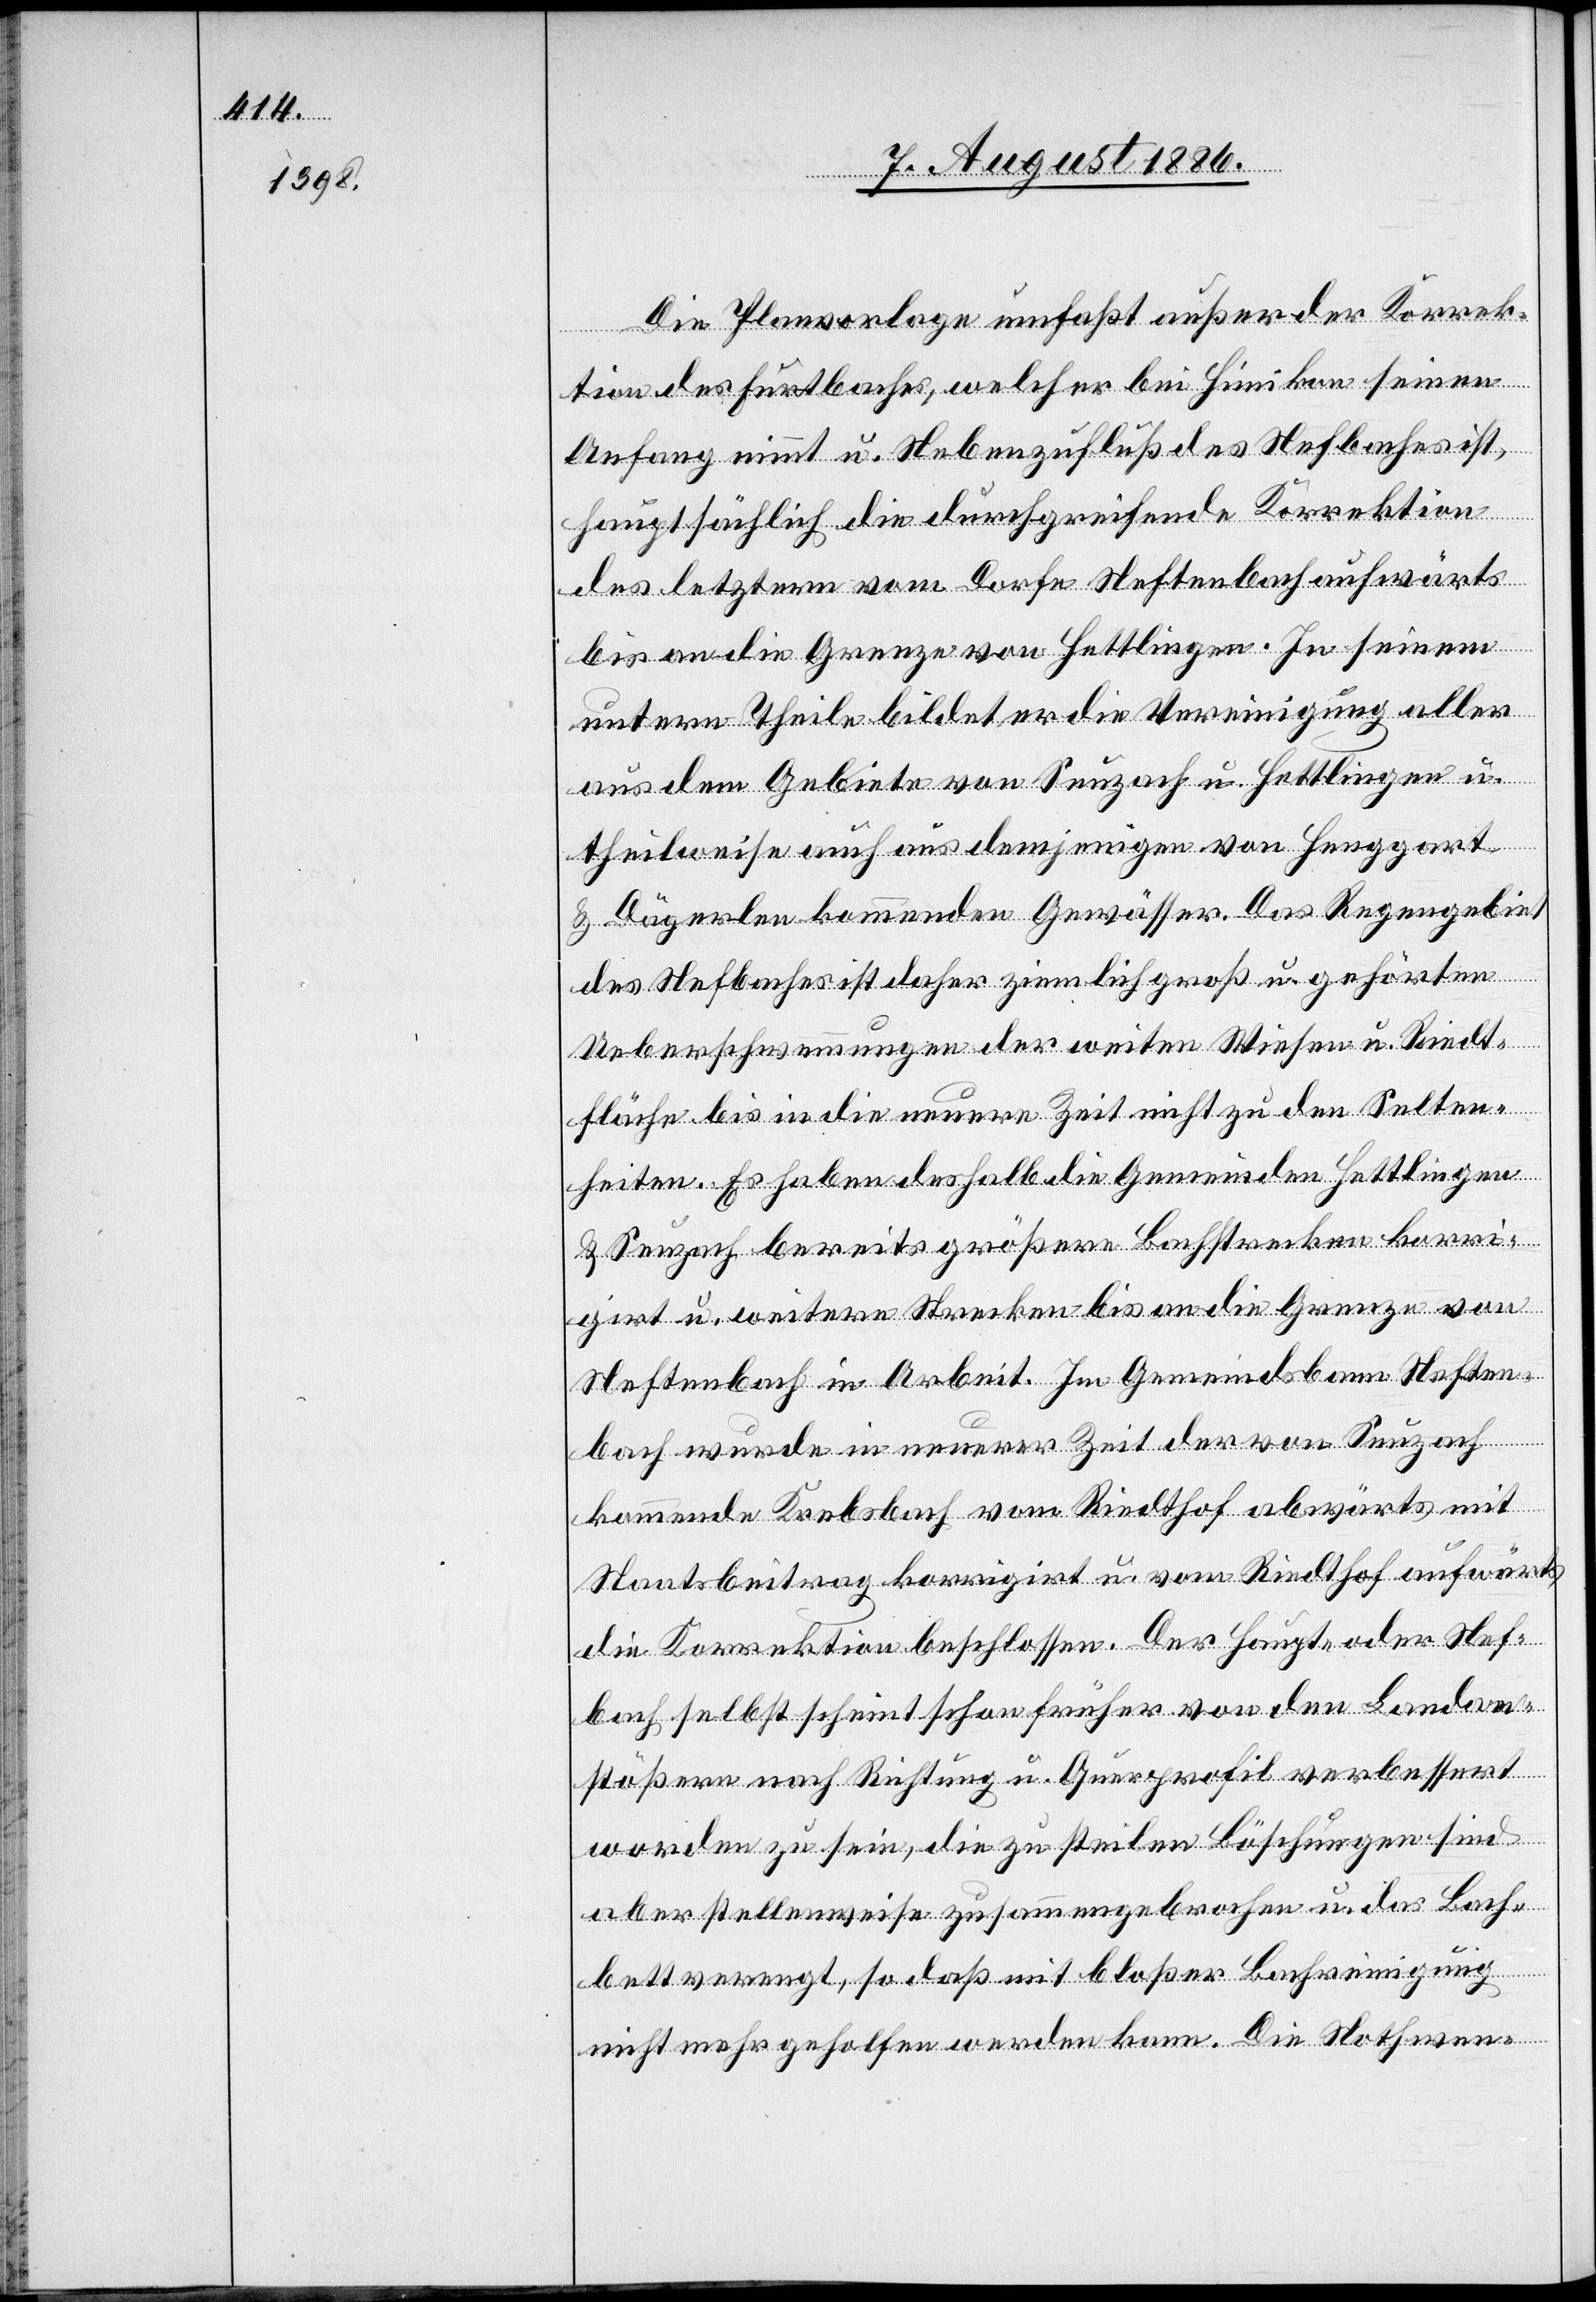
Die Planvorlage umfaßt außer der Korrek¬
tion des Furtbaches, welcher bei Hünikon seinen
Anfang nimmt u. Nebenzufluß des Nefbaches ist,
hauptsächlich die durchgreifende Korrektion
des letztern vom Dorfe Neftenbach aufwärts
bis an die Grenze von Hettlingen. In seinem
untern Theile bildet er die Vereinigung aller
aus dem Gebiete von Seuzach u. Hettlingen u.
theilweise auch aus demjenigen von Henggart
& Dägerlen kommenden Gewässer. Das Regengebiet
des Nefbaches ist daher ziemlich groß u. gehörten
Ueberschwemmungen der weiten Wiesen u. Riedt¬
fläche bis in die neuere Zeit nicht zu den Selten¬
heiten. Es haben deshalb die Gemeinden Hettlingen
& Seuzach bereits größere Bachstrecken korri¬
girt u. weitere Strecken bis an die Grenze von
Neftenbach in Arbeit. Im Gemeindsbann Neften¬
bach wurde in neuerer Zeit der von Seuzach
kommende Krebsbach vom Riedthof abwärts mit
Staatsbeitrag korrigirt u. vom Riedthof aufwärts
die Korrektion beschlossen. Der Haupt- oder Nef¬
bach selbst scheint schon früher von den Landan¬
stößern nach Richtung u. Querprofil verbessert
worden zu sein, die zu steilen Böschungen sind
aber stellenweise zusammengebrochen u. das Bach¬
bett verengt, so daß mit bloßer Bachreinigung
nicht mehr geholfen werden kann. Die Nothwen-